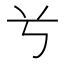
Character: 𠔃